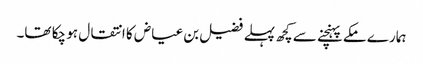
ہمارے مکے پہنچنے سے کچھ پہلے فضیل بن عیاض کا انتقال ہو چکا تھا۔